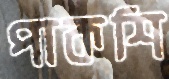
পাকশি